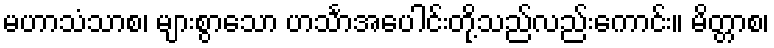
မဟာသံသာစ၊ များစွာသော ဟင်္သာအပေါင်းတို့သည်လည်းကောင်း။ မိတ္တာစ၊